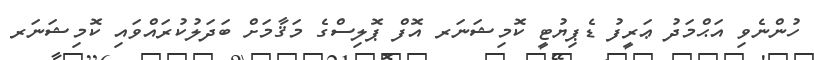
ހުންނެވި އަޙްމަދު ޢަރީފު ޑެޕިޔުޓީ ކޮމިޝަނަރ އޮފް ޕޮލިސްގެ މަޤާމަށް ބަދަލުކުރައްވައި ކޮމިޝަނަރ